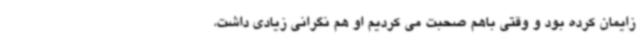
زایمان کرده بود و وقتی باهم صحبت می کردیم او هم نگرانی زیادی داشت،